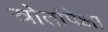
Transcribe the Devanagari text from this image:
स्रोतांपेक्षा